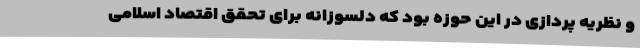
و نظریه پردازی در این حوزه بود که دلسوزانه برای تحقق اقتصاد اسلامی